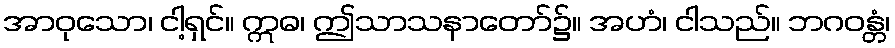
အာဝုသော၊ ငါ့ရှင်။ ဣဓ၊ ဤသာသနာတော်၌။ အဟံ၊ ငါသည်။ ဘဂဝန္တံ၊